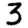
Digit: 3